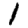
Digit: 1